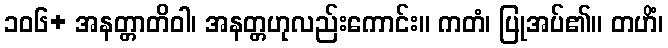
၁၀၆+ အနတ္တာတိဝါ၊ အနတ္တဟုလည်းကောင်း။ ကတံ၊ ပြုအပ်၏။ တဟိံ၊